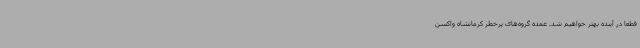
قطعا در آینده بهتر خواهیم شد. عمده گروه‌های پرخطر کرمانشاه واکسن